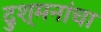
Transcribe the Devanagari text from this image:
दुश्मनांचा